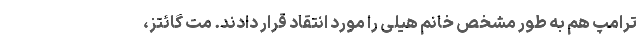
ترامپ هم به طور مشخص خانم هیلی را مورد انتقاد قرار دادند. مت گائتز،